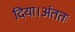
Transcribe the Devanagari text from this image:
दिया।अंततः